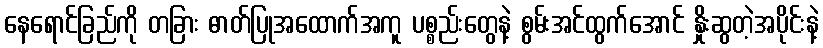
နေရောင်ခြည်ကို တခြား ဓာတ်ပြုအထောက်အကူ ပစ္စည်းတွေနဲ့ စွမ်းအင်ထွက်အောင် နှိုးဆွတဲ့အပိုင်းနဲ့